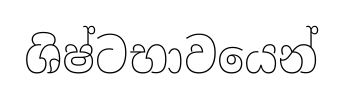
ශිෂ්ටභාවයෙන්